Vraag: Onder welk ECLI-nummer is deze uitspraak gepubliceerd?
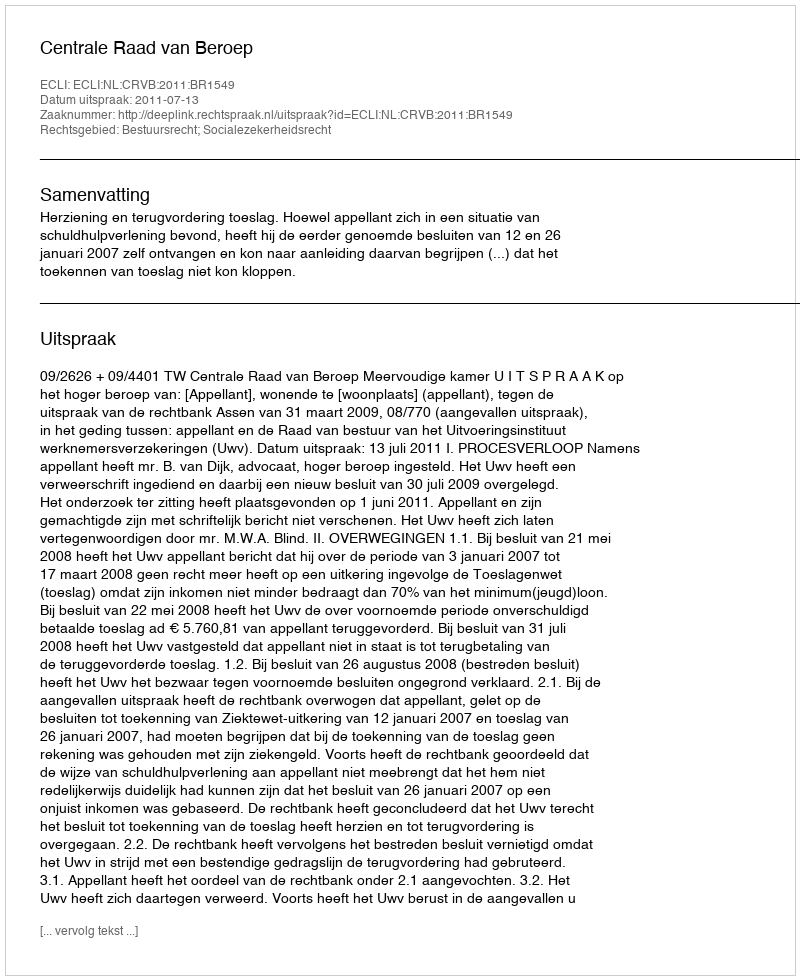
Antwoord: ECLI:NL:CRVB:2011:BR1549